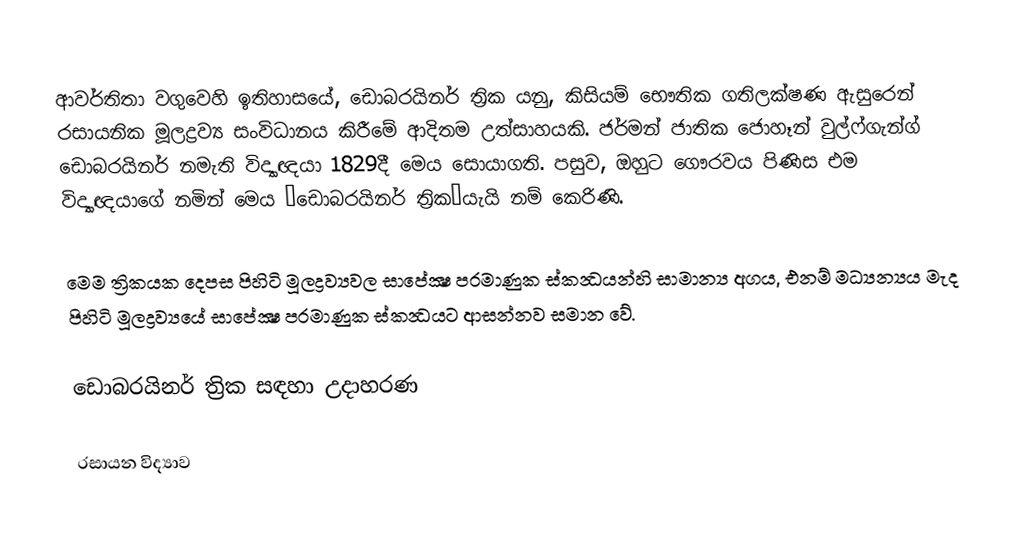
ආවර්තිතා වගුවෙහි ඉතිහාසයේ, ඩොබරයිනර් ත්‍රික යනු, කිසියම් භෞතික ගතිලක්ෂණ ඇසුරෙන් රසායනික මූලද්‍රව්‍ය සංවිධානය කිරීමේ ආදිතම උත්සාහයකි.  ජර්මන් ජාතික ජොහෑන් වුල්ෆ්ගැන්ග් ඩොබරයිනර් නමැති විද්‍යාඥයා 1829දී මෙය සොයාගති. පසුව, ඔහුට ගෞරවය පිණිස එම විද්‍යාඥයාගේ නමින් මෙය ‘ඩොබරයිනර් ත්‍රික‘යැයි නම් කෙරිණි.

මෙම ත්‍රිකයක දෙපස පිහිටි මූලද්‍රව්‍යවල සාපේක්‍ෂ පරමාණුක ස්කන්‍ධයන්හි සාමාන්‍ය අගය, එනම් මධ්‍යන්‍යය මැද පිහිටි මූලද්‍රව්‍යයේ සාපේක්‍ෂ පරමාණුක ස්කන්‍ධයට ආසන්නව සමාන වේ.

ඩොබරයිනර් ත්‍රික සඳහා උදාහරණ

රසායන විද්‍යාව